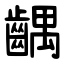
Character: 齵